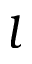
l